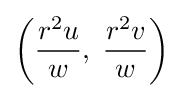
\left({\frac {r^{2}u}{w}},\;{\frac {r^{2}v}{w}}\right)